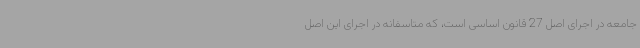
جامعه در اجرای اصل 27 قانون اساسی است، که متاسفانه در اجرای این اصل